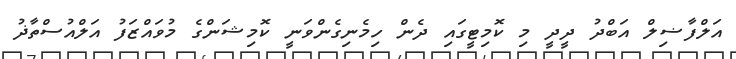
އަލްފާޟިލް އަބްދު ދީދީ މި ކޮމިޓީގައި ދެން ހިމެނިގެންވަނީ ކޮމިޝަންގެ މުވައްޒަފު އަލްއުސްތާޛު